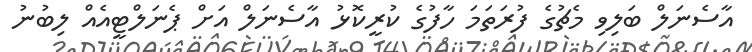
އާސެނަލް ބަލިވި މެޗުގެ ފުރަތަމަ ހާފުގެ ކުރީކޮޅު އާސެނަލް އަށް ޕެނަލްޓީއެއް ލިބުނު